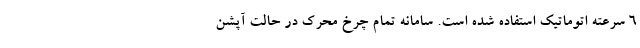
6 سرعته اتوماتیک استفاده شده است. سامانه تمام چرخ محرک در حالت آپشن